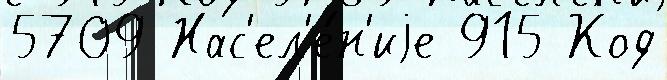
5709 Нас'ел'е́н'иjе 915 Код